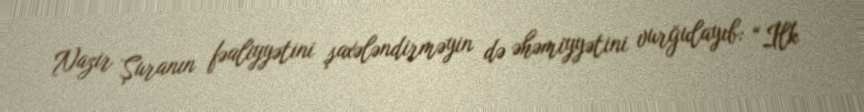
Nazir Şuranın fəaliyyətini şaxələndirməyin də əhəmiyyətini vurğulayıb: “İlk